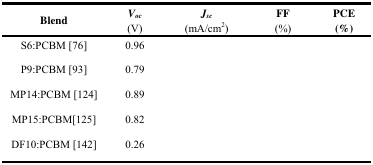
<table><thead><tr><td><b>Blend</b></td><td><b><i>V</i><sub><i>oc</i></sub> (V)</b></td><td><b><i>J</i><sub><i>sc</i></sub> (mA/cm<sup>2</sup>)</b></td><td><b>FF (%)</b></td><td><b>PCE (%)</b></td></tr></thead><tbody><tr><td>S6:PCBM [76]</td><td>0.96</td><td>[EMPTY_CELL]</td><td>[EMPTY_CELL]</td><td>[EMPTY_CELL]</td></tr><tr><td>P9:PCBM [93]</td><td>0.79</td><td>[EMPTY_CELL]</td><td>[EMPTY_CELL]</td><td>[EMPTY_CELL]</td></tr><tr><td>MP14:PCBM [124]</td><td>0.89</td><td>[EMPTY_CELL]</td><td>[EMPTY_CELL]</td><td>[EMPTY_CELL]</td></tr><tr><td>MP15:PCBM[125]</td><td>0.82</td><td>[EMPTY_CELL]</td><td>[EMPTY_CELL]</td><td>[EMPTY_CELL]</td></tr><tr><td>DF10:PCBM [142]</td><td>0.26</td><td>[EMPTY_CELL]</td><td>[EMPTY_CELL]</td><td>[EMPTY_CELL]</td></tr></tbody></table>